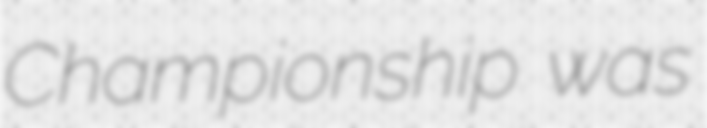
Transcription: Championship was